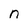
Character: n